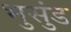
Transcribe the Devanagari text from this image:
भुसुंड